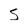
Character: S